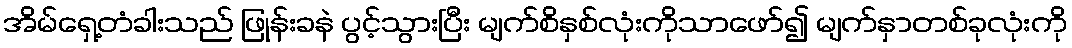
အိမ်ရှေ့တံခါးသည် ဖြုန်းခနဲ ပွင့်သွားပြီး မျက်စိနှစ်လုံးကိုသာဖော်၍ မျက်နှာတစ်ခုလုံးကို